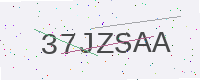
Text: 37JZSAA